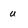
Character: U